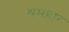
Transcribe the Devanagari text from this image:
श्रमहार